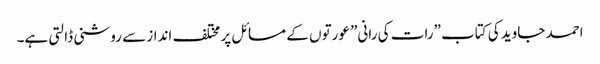
احمد جاوید کی کتاب ”رات کی رانی” عورتوں کے مسائل پر مختلف انداز سے روشنی ڈالتی ہے۔